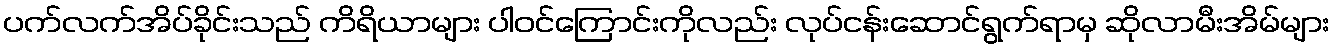
ပက်လက်အိပ်ခိုင်းသည် ကိရိယာများ ပါဝင်ကြောင်းကိုလည်း လုပ်ငန်းဆောင်ရွက်ရာမှ ဆိုလာမီးအိမ်များ